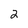
Character: 2